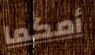
أمكما